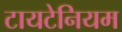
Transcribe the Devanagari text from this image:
टायटेनियम